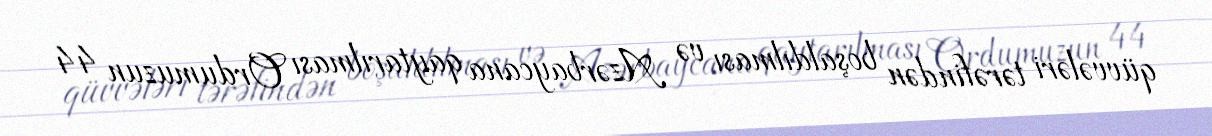
qüvvələri tərəfindən boşaldılması və Azərbaycana qaytarılması Ordumuzun 44